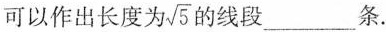
可以作出长度为\sqrt{5} 的线段___条。